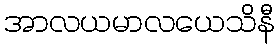
အာလယမာလယေသိနီ